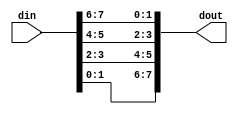
module p2s_bit_reverse (din, dout);
   parameter din_width = 8;
   parameter dout_width = 2;
   parameter num_outputs = 4;
   input [din_width-1:0] din;
   output [din_width-1:0] dout;
   genvar index;
   generate
      for (index=0; index<num_outputs; index=index+1)
        begin:u0
          assign dout[(num_outputs-index)*dout_width-1:(num_outputs-index-1)*dout_width] = din[index*dout_width+dout_width-1:index*dout_width];
       end
 endgenerate
endmodule